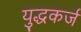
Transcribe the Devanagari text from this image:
युद्धकर्ज